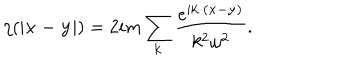
\eta ( | { \bf x - y } | ) = 2 i m \sum _ { \bf k } { \frac { e ^ { i { \bf k \cdot ( x - y ) } } } { k ^ { 2 } \omega ^ { 2 } } } .